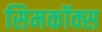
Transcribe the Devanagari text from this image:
सिमकॉक्स